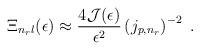
LaTeX: \begin{align*}\Xi_{n_{r} l}(\epsilon) \approx\frac{4{\mathcal J}(\epsilon)}{\epsilon^{2}}\left( j_{p,n_{r}} \right)^{-2}\; .\end{align*}